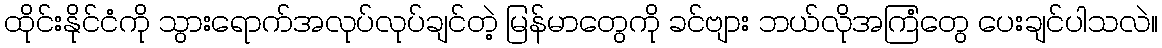
ထိုင်းနိုင်ငံကို သွားရောက်အလုပ်လုပ်ချင်တဲ့ မြန်မာတွေကို ခင်ဗျား ဘယ်လိုအကြံတွေ ပေးချင်ပါသလဲ။